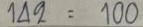
142 = 100